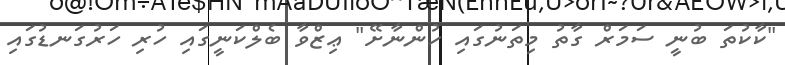
"ކާކުތަ ބުނީ ސަމަރް ގާތު މިތަނުގައި ހުންނާށޭ" ޢިޒްވާ ބެލްކަނީގައި ހުރި ހަރުގަނޑުގައި